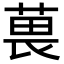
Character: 葨